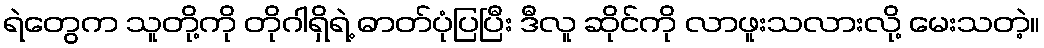
ရဲတွေက သူတို့ကို တိုဂါရှိရဲ့ ဓာတ်ပုံပြပြီး ဒီလူ ဆိုင်ကို လာဖူးသလားလို့ မေးသတဲ့။